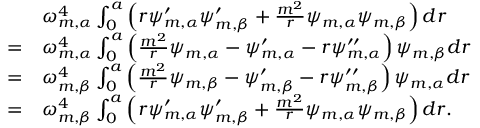
\begin{array} { r l } & { \omega _ { m , \alpha } ^ { 4 } \int _ { 0 } ^ { a } \left( r \psi _ { m , \alpha } ^ { \prime } \psi _ { m , \beta } ^ { \prime } + \frac { m ^ { 2 } } { r } \psi _ { m , \alpha } \psi _ { m , \beta } \right) d r } \\ { = } & { \omega _ { m , \alpha } ^ { 4 } \int _ { 0 } ^ { a } \left( \frac { m ^ { 2 } } { r } \psi _ { m , \alpha } - \psi _ { m , \alpha } ^ { \prime } - r \psi _ { m , \alpha } ^ { \prime \prime } \right) \psi _ { m , \beta } d r } \\ { = } & { \omega _ { m , \beta } ^ { 4 } \int _ { 0 } ^ { a } \left( \frac { m ^ { 2 } } { r } \psi _ { m , \beta } - \psi _ { m , \beta } ^ { \prime } - r \psi _ { m , \beta } ^ { \prime \prime } \right) \psi _ { m , \alpha } d r } \\ { = } & { \omega _ { m , \beta } ^ { 4 } \int _ { 0 } ^ { a } \left( r \psi _ { m , \alpha } ^ { \prime } \psi _ { m , \beta } ^ { \prime } + \frac { m ^ { 2 } } { r } \psi _ { m , \alpha } \psi _ { m , \beta } \right) d r . } \end{array}